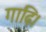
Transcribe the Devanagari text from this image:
गाढ़ि।